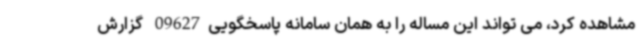
مشاهده کرد، می تواند این مساله را به همان سامانه پاسخگویی09627 گزارش